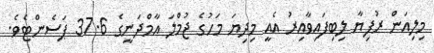
މިލިއަން ރުފިޔާ ލިބިފައިވާއިރު އެއީ މިދިޔަ މަހުގެ ޖުމްލަ އާމްދަނީގެ 37.6 ޕަސެންޓެވެ.